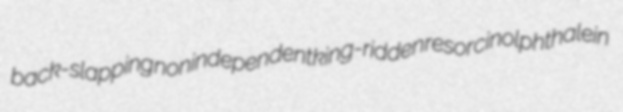
back-slapping nonindependent king-ridden resorcinolphthalein